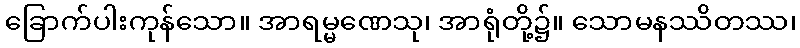
ခြောက်ပါးကုန်သော။ အာရမ္မဏေသု၊ အာရုံတို့၌။ သောမနဿိတဿ၊